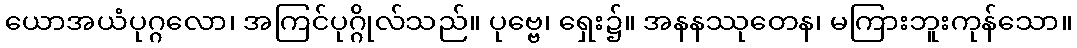
ယောအယံပုဂ္ဂလော၊ အကြင်ပုဂ္ဂိုလ်သည်။ ပုဗ္ဗေ၊ ရှေး၌။ အနနဿုတေန၊ မကြားဘူးကုန်သော။